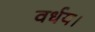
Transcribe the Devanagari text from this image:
वर्धय।